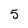
Character: 5